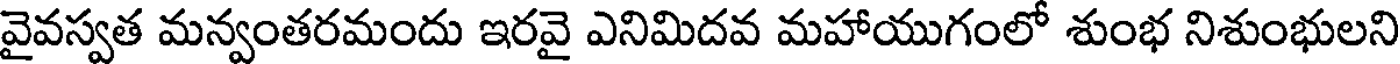
వైవస్వత మన్వంతరమందు ఇరవై ఎనిమిదవ మహాయుగంలో శుంభ నిశుంభులని